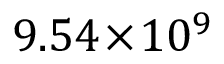
9 . 5 4 \! \times \! 1 0 ^ { 9 }